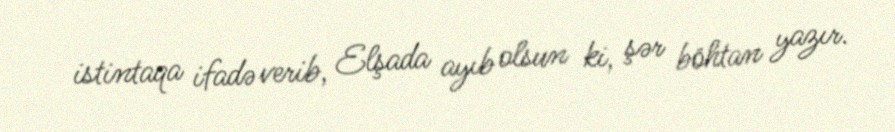
istintaqa ifadə verib, Elşada ayıb olsun ki, şər böhtan yazır.